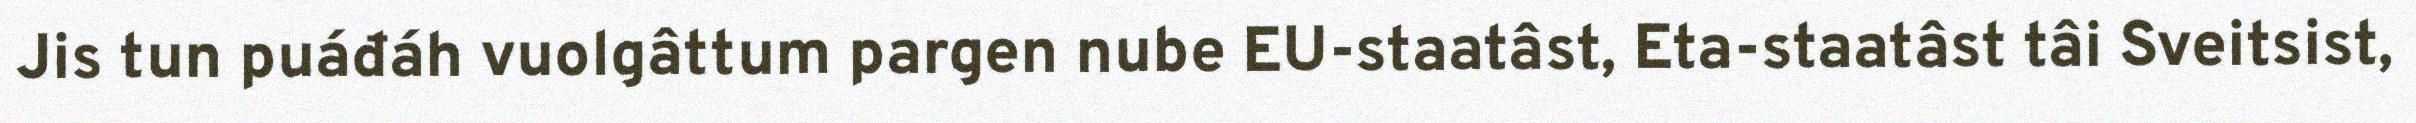
Jis tun puáđáh vuolgâttum pargen nube EU-staatâst, Eta-staatâst tâi Sveitsist,